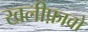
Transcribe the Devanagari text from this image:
खलीफ़ावों